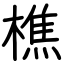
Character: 樵